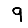
Digit: 9